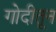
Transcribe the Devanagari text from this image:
गोदीतून